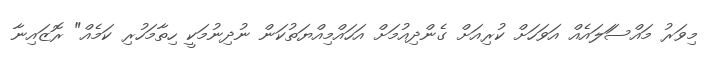
މިވަރު މައްސަަލައެއް އަވަހަށް ކުރިއަށް ގެންދިއުމަށް އަހައްމިއްޔަތުކަން ނުދިނުމަކީ ހިތާމަހުރި ކަމެއް" ރޮޒައިނާ